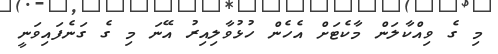
މި ގެ ވިއްކާލަން މާކެޓަށް އެހެން ހުޅުވާލިއިރު އޭނަ މި ގެ ގަނެފައިވަނީ